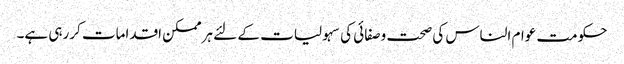
حکومت عوام الناس کی صحت وصفائی کی سہولیات کے لئے ہرممکن اقدامات کررہی ہے۔